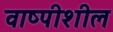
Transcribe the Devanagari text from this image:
वाष्पीशील